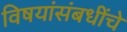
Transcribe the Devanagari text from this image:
विषयांसंबधींचे